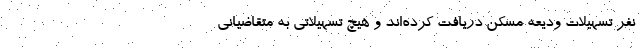
نفر تسهیلات ودیعه مسکن دریافت کرده‌اند و هیچ تسهیلاتی به متقاضیانی